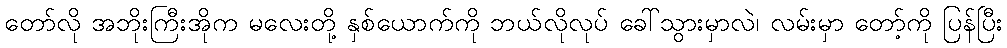
တော်လို အဘိုးကြီးအိုက မလေးတို့ နှစ်ယောက်ကို ဘယ်လိုလုပ် ခေါ်သွားမှာလဲ၊ လမ်းမှာ တော့်ကို ပြန်ပြီး